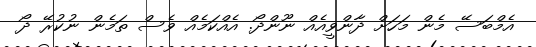
އެމްބަސޭ މެން މަހަށް ދާންވީއެއް ނޫންދޯ. އެއްކަމެއް ވެސް ތަމެން ނުކުރޭ ދޯ